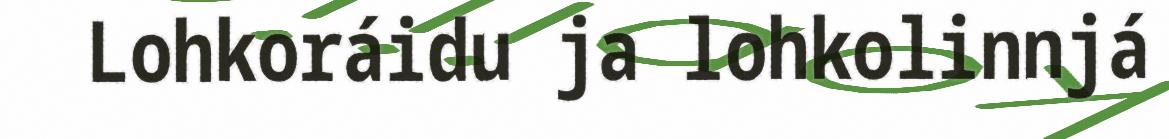
Lohkoráidu ja lohkolinnjá